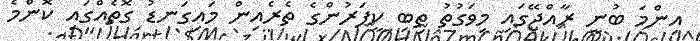
އިންމަ ބުނީ ރާއްޖޭގައި މިވަގުތު ތިބި ކީޕަރުންގެ ތެރެއިން މައިގަނޑު ގޮތެއްގައި ކޮންމެ